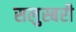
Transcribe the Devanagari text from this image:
सलुस्बरी